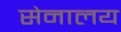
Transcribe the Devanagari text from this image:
सेनालय